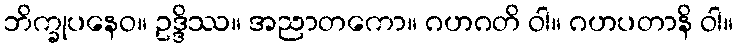
ဘိက္ခုပနေဝ။ ဥဒ္ဒိဿ။ အညာတကော။ ဂဟဂတိ ဝါ။ ဂဟပတာနိ ဝါ။